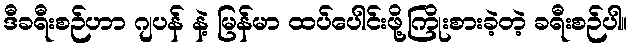
ဒီခရီးစဉ်ဟာ ဂျပန် နဲ့ မြန်မာ ထပ်ပေါင်းဖို့ကြိုးစားခဲ့တဲ့ ခရီးစဉ်ပါ။